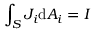
\int _ { S } J _ { i } \mathrm { d } A _ { i } = I \,